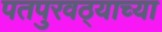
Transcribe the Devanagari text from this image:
पतपुरवठ्याच्या